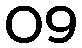
09